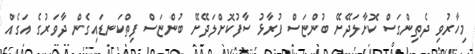
މިހާރުވި ދެތިންގަސް ކޮށާލަދޭށޭ ބުންޏަސް ފުރާޅު ސާފުކޮށްލަދޭށޭ ބުންޏަސް ފިތްކަނޑައިގެން ދާވަރުގެ އަގެއް